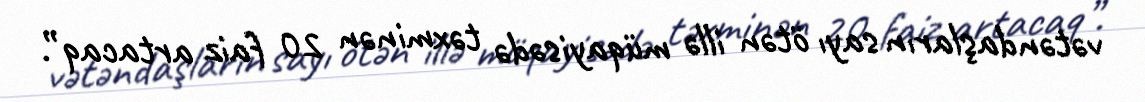
vətəndaşların sayı ötən illə müqayisədə təxminən 20 faiz artacaq”.